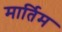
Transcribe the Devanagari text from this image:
मार्तिम